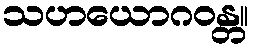
သဟယောဂဝန္တ။